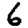
Digit: 6